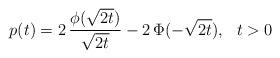
LaTeX: \begin{align*} p(t)=2\,{\phi(\sqrt{2t})\over \sqrt{2t}}-2\,\Phi(-\sqrt{2t}),\ \ t>0 \end{align*}